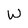
Character: W